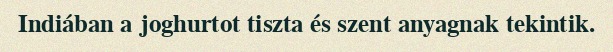
Indiában a joghurtot tiszta és szent anyagnak tekintik.